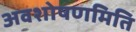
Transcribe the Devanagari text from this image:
अवशोषणमिति